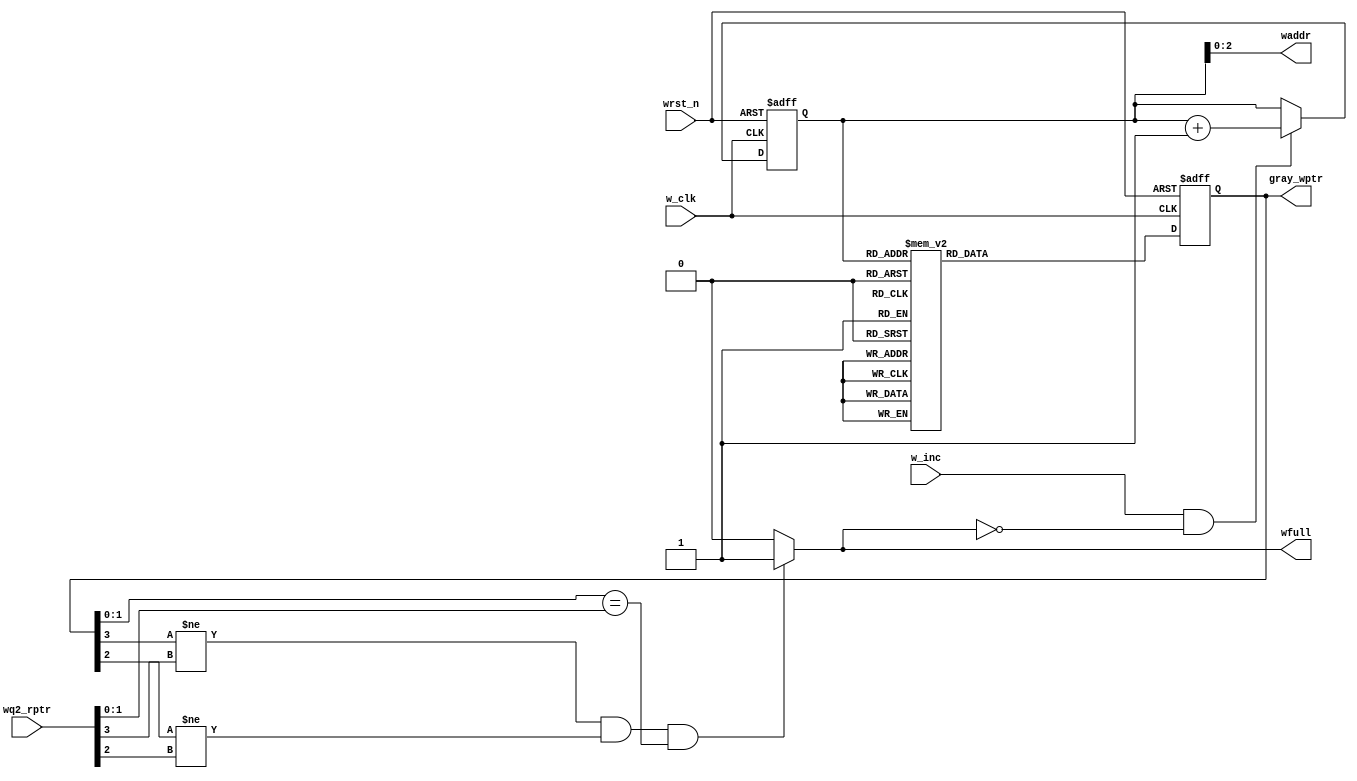
module ASYNC_FIFO_WR #(parameter ptr_width = 4 , parameter add_width = 3)(
	input wire 						w_inc ,
	input wire						w_clk ,
	input wire						wrst_n ,
	input wire [ptr_width - 1 : 0]	wq2_rptr ,
	output reg						wfull,
	output wire [add_width - 1 : 0] waddr ,
	output reg [ptr_width - 1 : 0]	gray_wptr
);

reg [ptr_width - 1 : 0]	wptr ;

/* Operation */
always @ (posedge w_clk or negedge wrst_n)
begin
	if (!wrst_n)
	begin
		wptr <= 'b0 ;
	end
	else
		begin
			if (w_inc && !wfull)
			begin
				wptr <= wptr + 1 ;
			end
			
		end
end

/* Write address logic */
assign waddr = wptr[ ptr_width - 2 : 0];

always @ (*)
begin
	/* Full Flag Logic */
		if( (gray_wptr[ptr_width - 1] != wq2_rptr[ptr_width - 1] ) && (gray_wptr[ptr_width - 2] != wq2_rptr[ptr_width - 2] ) && ((gray_wptr[ptr_width - 3 : 0] == wq2_rptr[ptr_width - 3 : 0] )) )
			begin
				wfull = 1'b1 ;
			end
		else
			begin
				wfull = 1'b0 ;
			end

end


/* Binary To Gray Logic */
always @ (posedge w_clk or negedge wrst_n)
begin
	
	if (!wrst_n)
		begin
			gray_wptr <= 0 ;
		end
	else
		begin
			case (wptr)
				'b0000 : gray_wptr <= 'b0000 ;
				'b0001 : gray_wptr <= 'b0001 ;
				'b0010 : gray_wptr <= 'b0011 ;
				'b0011 : gray_wptr <= 'b0010 ;
				'b0100 : gray_wptr <= 'b0110 ;
				'b0101 : gray_wptr <= 'b0111 ;
				'b0110 : gray_wptr <= 'b0101 ;
				'b0111 : gray_wptr <= 'b0100 ;
				'b1000 : gray_wptr <= 'b1100 ;
				'b1001 : gray_wptr <= 'b1101 ;
				'b1010 : gray_wptr <= 'b1111 ;
				'b1011 : gray_wptr <= 'b1110 ;
				'b1100 : gray_wptr <= 'b1010 ;
				'b1101 : gray_wptr <= 'b1011 ;
				'b1110 : gray_wptr <= 'b1001 ;
				'b1111 : gray_wptr <= 'b1000 ;
	endcase
		end
end


endmodule